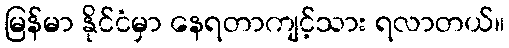
မြန်မာ နိုင်ငံမှာ နေရတာကျင့်သား ရလာတယ်။